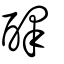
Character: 醳